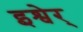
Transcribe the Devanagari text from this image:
इश्वेर्